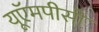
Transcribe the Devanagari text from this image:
यूऍमपीसी